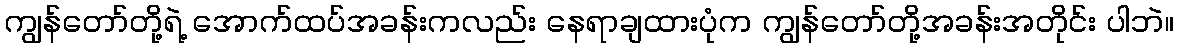
ကျွန်တော်တို့ရဲ့ အောက်ထပ်အခန်းကလည်း နေရာချထားပုံက ကျွန်တော်တို့အခန်းအတိုင်း ပါဘဲ။